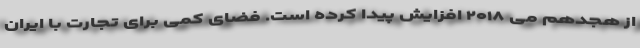
از هجدهم می ۲۰۱۸ افزایش پیدا کرده است. فضای کمی برای تجارت با ایران